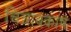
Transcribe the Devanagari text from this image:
चित्रावकाष